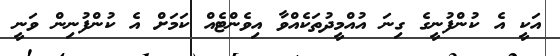
އަކީ އެ ކުންފުނީގެ ގިނަ އުއްމީދުތަކެއްވާ އިވެންޓެއް ކަމަށް އެ ކުންފުނިން ވަނީ